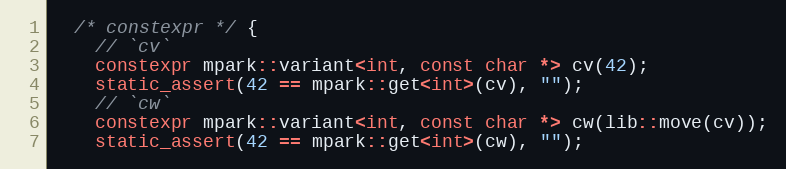
Language: C++
  /* constexpr */ {
    // `cv`
    constexpr mpark::variant<int, const char *> cv(42);
    static_assert(42 == mpark::get<int>(cv), "");
    // `cw`
    constexpr mpark::variant<int, const char *> cw(lib::move(cv));
    static_assert(42 == mpark::get<int>(cw), "");